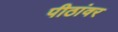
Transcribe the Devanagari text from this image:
पीठांवर